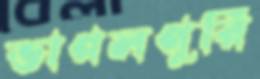
ভাগলপুরি